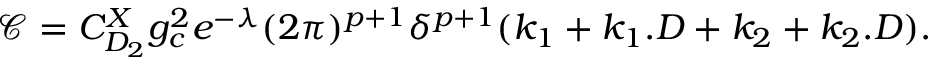
{ \mathcal { C } } = C _ { D _ { 2 } } ^ { X } g _ { c } ^ { 2 } e ^ { - \lambda } ( 2 \pi ) ^ { p + 1 } \delta ^ { p + 1 } ( k _ { 1 } + k _ { 1 } . D + k _ { 2 } + k _ { 2 } . D ) .